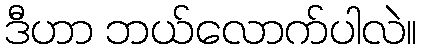
ဒီဟာ ဘယ်လောက်ပါလဲ။